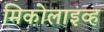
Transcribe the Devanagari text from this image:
मिकोलाइव्ह